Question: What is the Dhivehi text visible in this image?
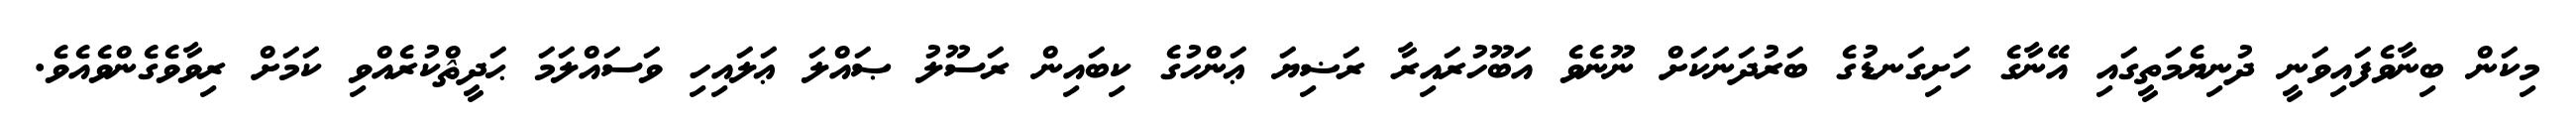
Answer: މިކަން ބިނާވެފައިވަނީ ދުނިޔެމަތީގައި އޭނާގެ ހަށިގަނޑުގެ ބަރުދަނަކަށް ނޫނެވެ އަބޫހުރައިރާ ރަޟިޔަ ޢަންހުގެ ކިބައިން ރަސޫލު ޞައްލަ ޢަލައިހި ވަސައްލަމަ ޙަދީޘްކުރެއްވި ކަމަށް ރިވާވެގެންވެއެވެ.